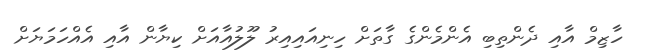
ހާޒިމް އާއި ދެންތިބި އެންމެންގެ ގާތަށް ހިނިއައިއިރު ލޫލުއާއަށް ކިޔާން އާއި އެއްހަމަޔަށް